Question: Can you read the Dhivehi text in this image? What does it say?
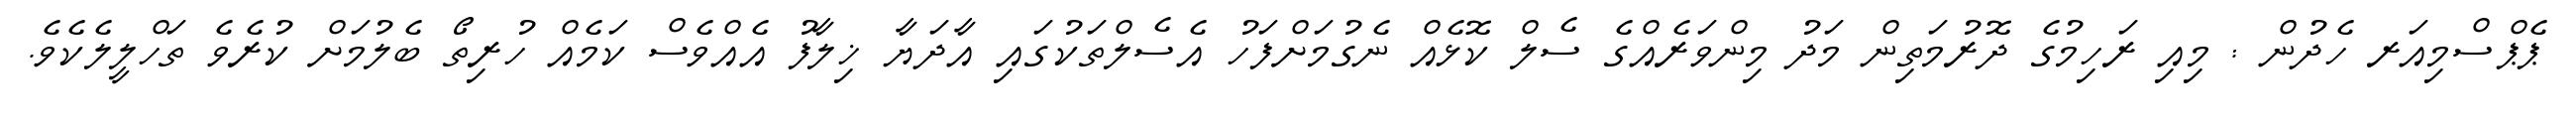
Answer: ޕެޕްސްމިއަރ ހެދުން : މިއި ރަހިމުގެ ދޮރުމަތިން މަދު މިންވަރެއްގެ ސެލް ކޮޅެއް ނެގުމަށްފަހު އެސެލްތަކުގައި އާދަޔާ ޚިލާފު އެއްވެސް ކަމެއް ހުރިތޯ ބެލުމަށް ކުރެވެ ތަހްލީލެކެވެ.